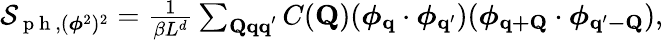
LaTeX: \begin{array}{r}{\mathcal{S}_{\mathrm{~p~h~},(\boldsymbol{\phi}^{2})^{2}}=\frac{1}{\beta L^{d}}\sum_{\mathbf{Qqq}^{\prime}}C(\mathbf{Q})(\boldsymbol{\phi}_{\mathbf{q}}\cdot\boldsymbol{\phi}_{\mathbf{q}^{\prime}})(\boldsymbol{\phi}_{\mathbf{q+Q}}\cdot\boldsymbol{\phi}_{\mathbf{q^{\prime}-Q}}),}\end{array}